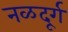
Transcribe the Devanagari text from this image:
नळदूर्ग